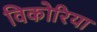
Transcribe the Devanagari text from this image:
विकोरिया